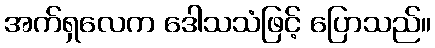
အက်ရှလေက ဒေါသသံဖြင့် ပြောသည်။